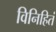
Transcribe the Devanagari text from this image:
विनिहितं